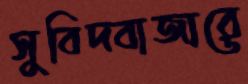
সুবিদবাজারে